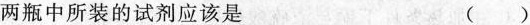
两瓶中所装的试剂应该是 ()